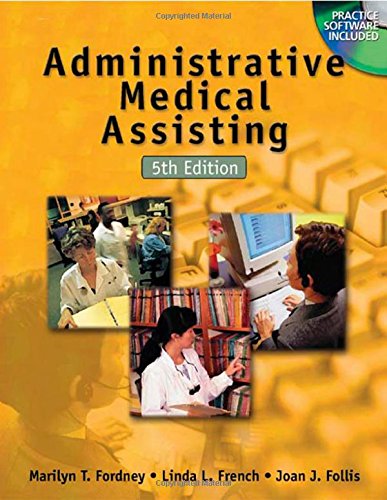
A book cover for Administrative Medical Assisting; Marilyn T. Fordney; Medical Books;